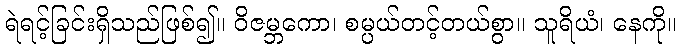
ရဲရင့်ခြင်းရှိသည်ဖြစ်၍။ ဝိဇမ္ဘကော၊ စမ္ပယ်တင့်တယ်စွာ။ သူရိယံ၊ နေကို။